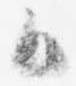
御